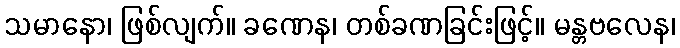
သမာနော၊ ဖြစ်လျက်။ ခဏေန၊ တစ်ခဏခြင်းဖြင့်။ မန္တဗလေန၊